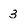
Character: 3